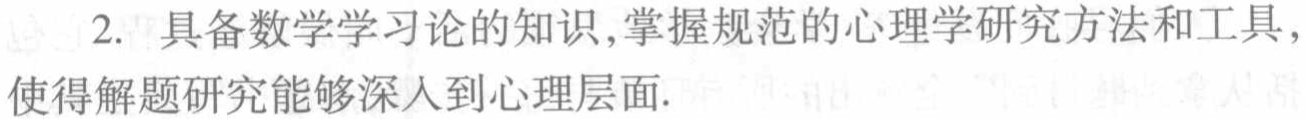
2. 具备数学学习论的知识,掌握规范的心理学研究方法和工具,使得解题研究能够深入到心理层面.